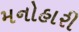
મનોહારી